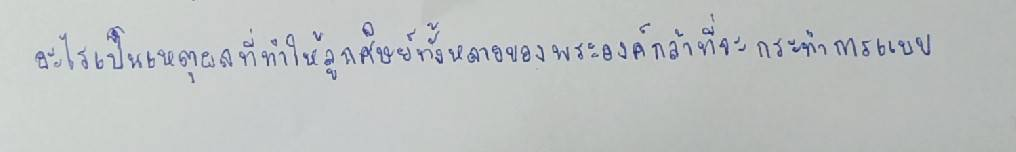
อะไรเป็นเหตุผลที่ทำให้ลูกศิษย์ทั้งหลายของพระองค์กล้าที่จะกระทำการแบบ